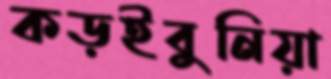
কড়ইবুনিয়া